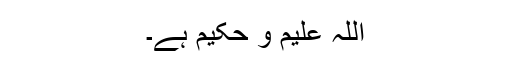
اللہ علیم و حکیم ہے۔